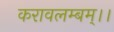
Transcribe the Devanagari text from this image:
करावलम्बम्।।